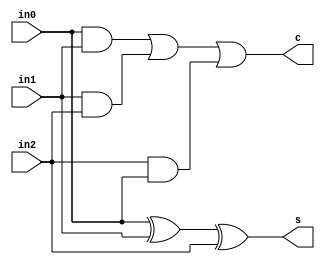
// This program was cloned from: https://github.com/aolofsson/oh
// License: MIT License

//#############################################################################
//# Function: Carry Save Adder (3:2)                                          #
//#############################################################################
//# Author:   Andreas Olofsson                                                #
//# License:  MIT (see LICENSE file in OH! repository)                        #
//#############################################################################

module oh_csa32
  #(parameter N    = 1,        // vector width
    parameter SYN  = "TRUE",   // synthesizable (or not)
    parameter TYPE = "DEFAULT" // scell type/size
    )
   ( input [N-1:0]  in0, // input
     input [N-1:0]  in1, // input
     input [N-1:0]  in2, // input
     output [N-1:0] s,   // sum
     output [N-1:0] c    // carry
     );

   generate
      if(SYN == "TRUE") begin
	 assign s[N-1:0] = in0[N-1:0] ^ in1[N-1:0] ^ in2[N-1:0];

	 assign c[N-1:0] = (in0[N-1:0] & in1[N-1:0]) |
			   (in1[N-1:0] & in2[N-1:0]) |
			   (in2[N-1:0] & in0[N-1:0] );
      end
      else begin
	 genvar 	     i;
	 for (i=0;i<N;i=i+1) begin
	    asic_csa32 #(.TYPE(TYPE))
	    asic_csa32  (.s(s[i]),
			 .c(c[i]),
			 .in2(in2[i]),
			 .in1(in1[i]),
			 .in0(in0[i]));
	 end
      end
   endgenerate
endmodule